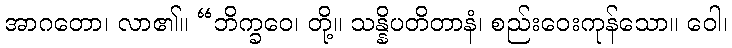
အာဂတော၊ လာ၏။ “ဘိက္ခဝေ၊ တို့။ သန္နိပတိတာနံ၊ စည်းဝေးကုန်သော။ ဝေါ၊